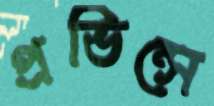
প্রভিন্সে